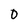
Character: 0